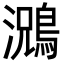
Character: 𮭃